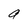
Character: a